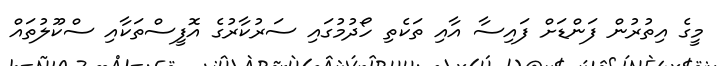
މީގެ އިތުރުން ފަންޑަށް ފައިސާ އާއި ތަކެތި ހޯދުމުގައި ސަރުކާރުގެ އޮފީސްތަކާއި ސްކޫލުތައް